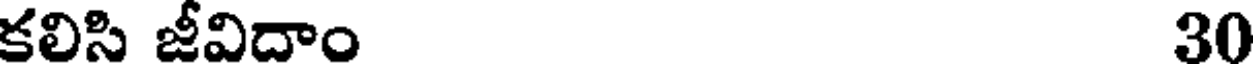
కలిసి జీవిదాం 30